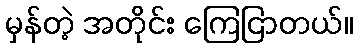
မှန်တဲ့ အတိုင်း ကြေငြာတယ်။